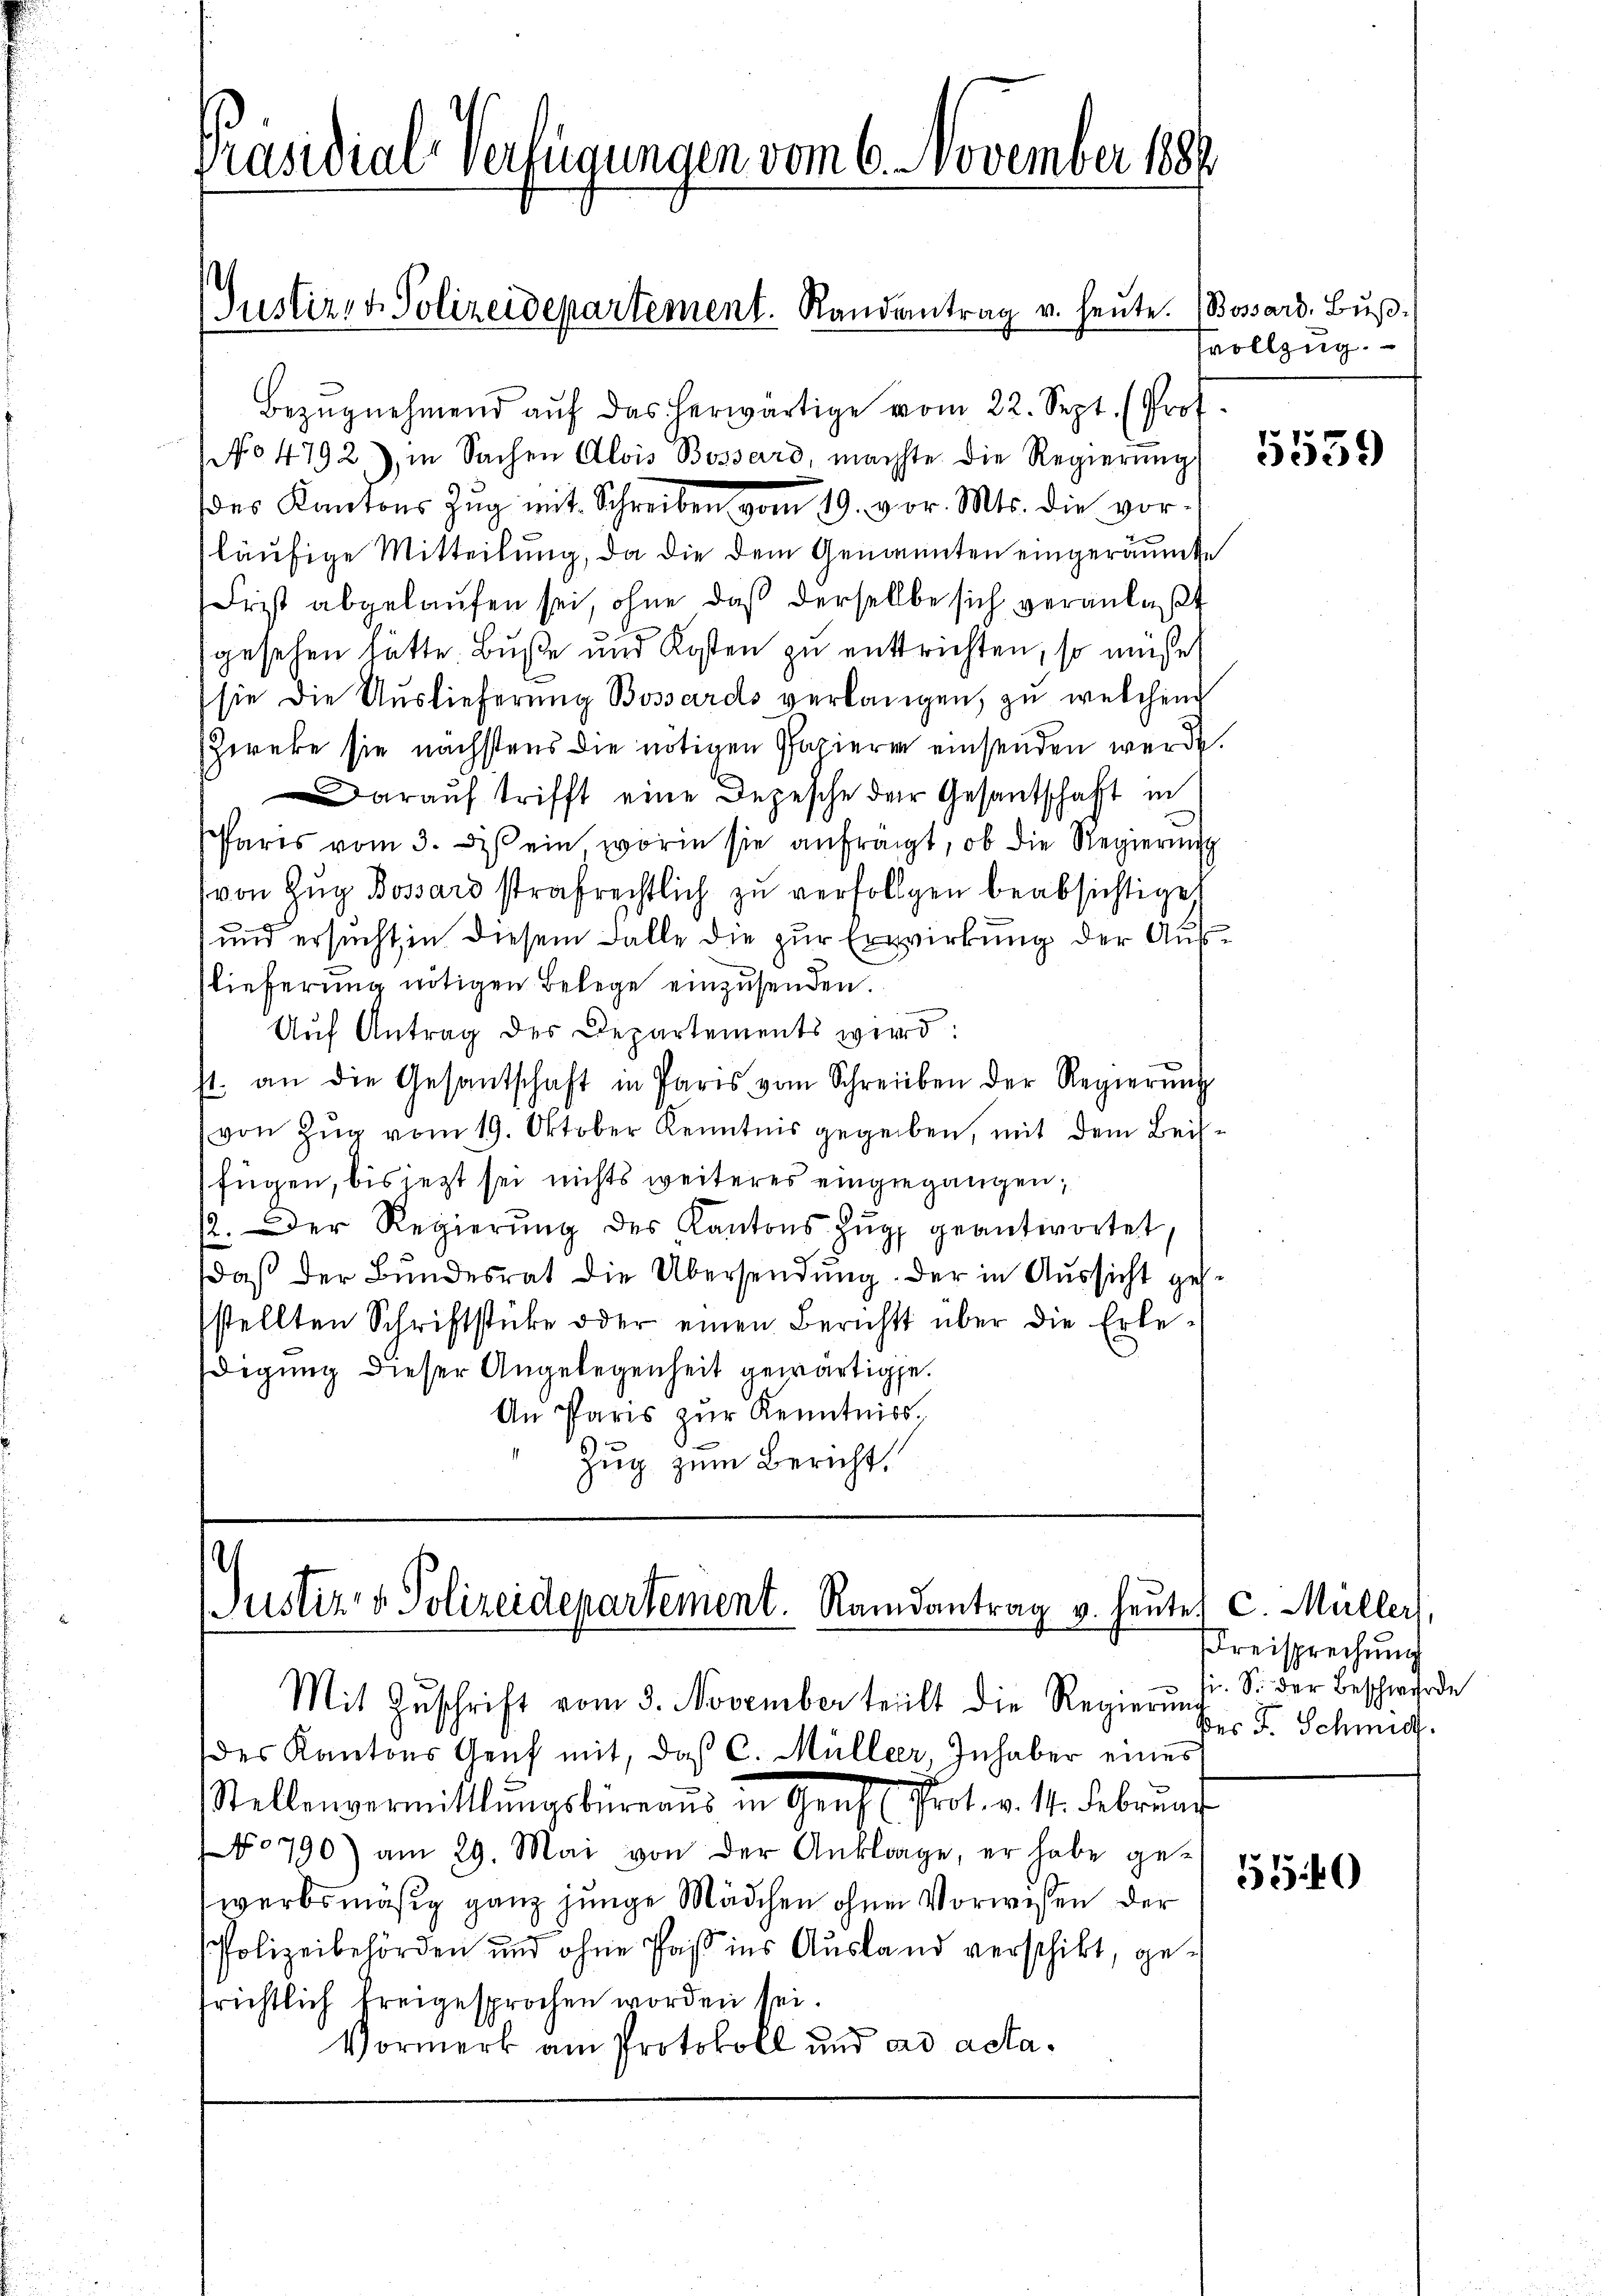
Präsidial-Verfügungen vom 6. November 1881

Justiz- & Polizeidepartement. Randantrag v. heute. (Bossard. Buß-

c
Justiz- & Polizeidepartement. Randantrag v. heute, C. Müller,
Mit Zŭschrift vom 3. November teilt die Regierŭng. S. der Beschwerde

Bezŭgnehmend aŭf das herwärtige vom 22. Sept. (Prof.
No 4792), in Sachen Alois Bossard, machte die Regierŭng
des Kantons Zug mit Schreiben vom 19. vor. Mts. die vorläufige Mitteilung, da die dem Genannten eingeräumte
Frist abgelaufen sei, ohne daß derselbe sich veranlaßt
gesehen hätte. Buße und Kosten zu enttrichten, so müsse
sie die Auslieferung Bossards verlangen, zu welchen
Zweke sie nächstens die nötigen Patieren einsenden werde.
arauf trifft eine Depesche der Gesantschaft in
Pares vom 3. des ein worin sie anfrägt, ob die Regierung
von Zŭg Bossard strafrechtlich zu verfolgen beabsichtiget
und ersucht, in diesem Falle die zur Erwirkung der Auslieferung nötigen Belege einzusenden.
Auf Antrag des Departements wird:
st. an die Gesantschaft in Paris vom Schreiben der Regierŭng
von Zug vom 19. Oktober Kenntnis gegeben, mit dem Beisfügen, bis jetzt sei nichts weiteres eingegangen,
2. Der Regierŭng des Kantons Zŭg geantwortet.
daß der Bundesrat die Übersendung der in Aussicht gesstellten Schriftstücke oder einen Berichts über die Erle-
digung dieser Angelegenheit gewärtige.
An Paris zŭr Kenntniss.
Zug zum Bericht.

des Kantons Genf mit, daß C. Müller Inhaber eines
Stellenvermittlungsbüreaŭs in Genf (Prot. v. 11. Februar
No 790) am 29. Mai von der Anklage, er habe gewerbsmäßig ganz junge Mädchen ohnen Vorwissen der
Polizeibehörden und ohne Paß ins Ausland verschikt, ge-
frichtlich freigesprochen worden sei.
Vormerk am Protokoll und ad acta¬

vollzug.

Kreisprechung
der F. Schmid.

550